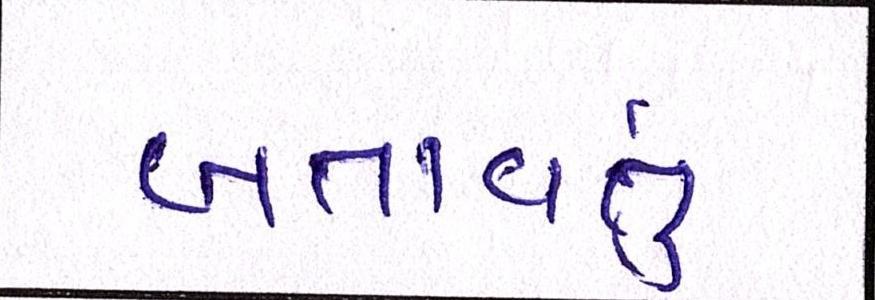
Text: બતાવતું